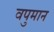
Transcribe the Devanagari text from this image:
वपुमान